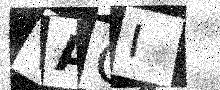
Text: VAOI